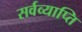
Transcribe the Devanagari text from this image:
सर्वव्याप्ति